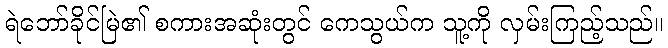
ရဲဘော်ခိုင်မြဲ၏ စကားအဆုံးတွင် ကေသွယ်က သူ့ကို လှမ်းကြည့်သည်။